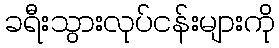
ခရီးသွားလုပ်ငန်းများကို